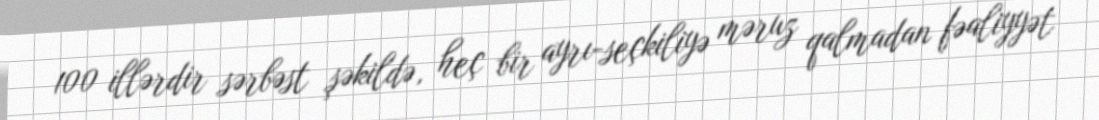
100 illərdir sərbəst şəkildə, heç bir ayrı-seçkiliyə məruz qalmadan fəaliyyət